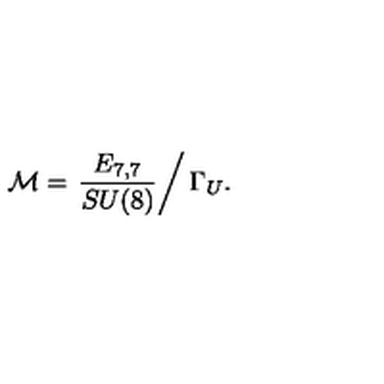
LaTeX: { \cal M } = \left. \frac { E _ { 7 , 7 } } { S U ( 8 ) } \right/ \Gamma _ { U } .